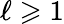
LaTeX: \ell\geqslant 1